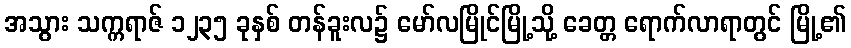
အသွား သက္ကရာဇ် ၁၂၃၅ ခုနှစ် တန်ခူးလ၌ မော်လမြိုင်မြို့သို့ ခေတ္တ ရောက်လာရာတွင် မြို့၏